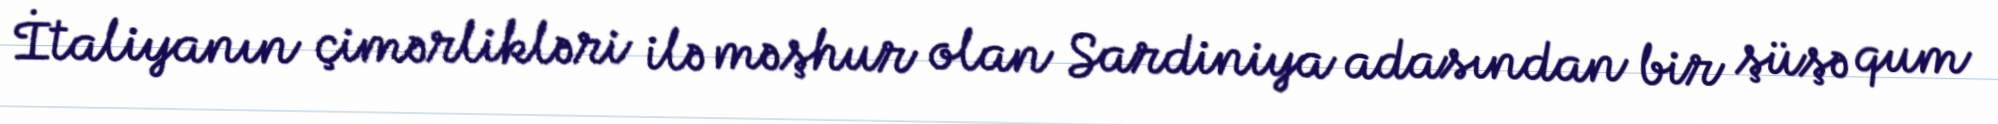
İtaliyanın çimərlikləri ilə məşhur olan Sardiniya adasından bir şüşə qum